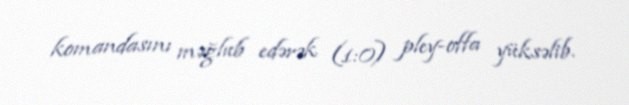
komandasını məğlub edərək (1:0) pley-offa yüksəlib.